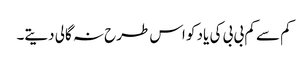
کم سے کم بی بی کی یاد کو اس طرح نہ گالی دیتے۔